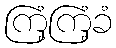
ကြံ့ကြံ့ခံ